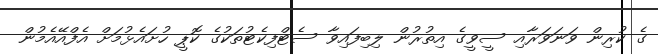
ގެ ކުރިން ވަނަވަރާއި ސީވީގެ އިތުރުން ލިބިފައިވާ ސެޓްފިކެޓުތަކުގެ ކޮޕީ ހުށައެޅުމަށް އެފްއޭއެމުން